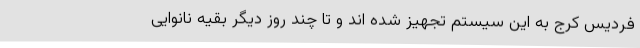
فردیس کرج به این سیستم تجهیز شده اند و تا چند روز دیگر بقیه نانوایی